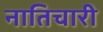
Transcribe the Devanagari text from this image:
नातिचारी